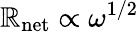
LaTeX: \mathbb{R}_{\mathrm{{net}}}\propto\omega^{1/2}